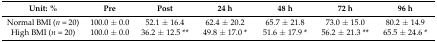
<table><thead><tr><td><b>Unit: %</b></td><td><b>Pre</b></td><td><b>Post</b></td><td><b>24 h</b></td><td><b>48 h</b></td><td><b>72 h</b></td><td><b>96 h</b></td></tr></thead><tbody><tr><td>Normal BMI (<i>n</i> = 20)</td><td>100.0 ± 0.0</td><td>52.1 ± 16.4</td><td>62.4 ± 20.2</td><td>65.7 ± 21.8</td><td>73.0 ± 15.0</td><td>80.2 ± 14.9</td></tr><tr><td>High BMI (<i>n</i> = 20)</td><td>100.0 ± 0.0</td><td>36.2 ± 12.5 **</td><td>49.8 ± 17.0 *</td><td>51.6 ± 17.9 *</td><td>56.2 ± 21.3 **</td><td>65.5 ± 24.6 *</td></tr></tbody></table>